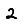
Digit: 2